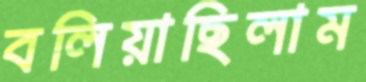
বলিয়াছিলাম